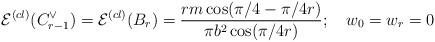
LaTeX: \begin{align*}\mathcal{E}^{(cl)}(C_{r-1}^{\vee })=\mathcal{E}^{(cl)}(B_{r})=\frac{rm\cos(\pi /4-\pi /4r)}{\pi b^{2}\cos (\pi /4r)};\quad w_{0}=w_{r}=0 \end{align*}